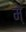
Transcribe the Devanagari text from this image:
मे्